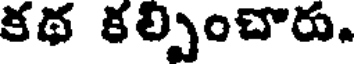
కథ కల్పించారు.